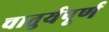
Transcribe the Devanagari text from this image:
चातुर्यपूर्ण